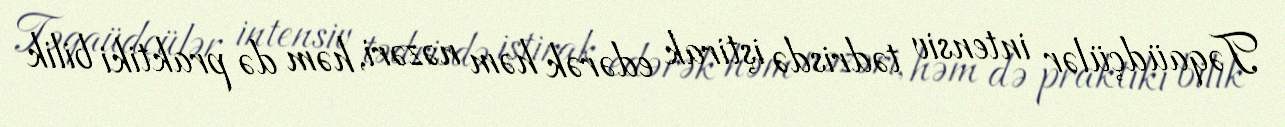
Təqaüdçülər intensiv tədrisdə iştirak edərək həm nəzəri, həm də praktiki bilik